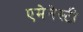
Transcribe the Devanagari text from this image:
एमेनेस्टी